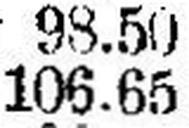
106.65